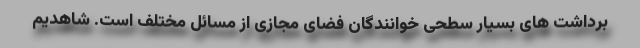
برداشت های بسیار سطحی خوانندگان فضای مجازی از مسائل مختلف است. شاهدیم